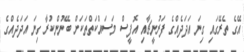
އޭގެ ތެރޭގައި ގިނަ އަދަދެއްގެ ފަރުނީޗާއި އޮފީސް މަސައްކަތްތަކަށް ބޭނުންކުރާ ގިނަ އަދަދެއްގެ